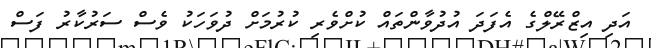
އަދި އިޒްރޭލްގެ އެފަދަ އުދުވާންތައް ކުށްވެރި ކުރުމަށް ދުވަހަކު ވެސް ސަރުކާރު ފަސް